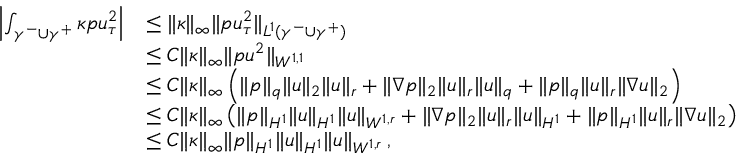
\begin{array} { r l } { \left| \int _ { \gamma ^ { - } \cup \gamma ^ { + } } \kappa p u _ { \tau } ^ { 2 } \right| } & { \leq \| \kappa \| _ { \infty } \| p u _ { \tau } ^ { 2 } \| _ { L ^ { 1 } ( \gamma ^ { - } \cup \gamma ^ { + } ) } } \\ & { \leq C \| \kappa \| _ { \infty } \| p u ^ { 2 } \| _ { W ^ { 1 , 1 } } } \\ & { \leq C \| \kappa \| _ { \infty } \left( \| p \| _ { q } \| u \| _ { 2 } \| u \| _ { r } + \| \nabla p \| _ { 2 } \| u \| _ { r } \| u \| _ { q } + \| p \| _ { q } \| u \| _ { r } \| \nabla u \| _ { 2 } \right) } \\ & { \leq C \| \kappa \| _ { \infty } \left( \| p \| _ { H ^ { 1 } } \| u \| _ { H ^ { 1 } } \| u \| _ { W ^ { 1 , r } } + \| \nabla p \| _ { 2 } \| u \| _ { r } \| u \| _ { H ^ { 1 } } + \| p \| _ { H ^ { 1 } } \| u \| _ { r } \| \nabla u \| _ { 2 } \right) } \\ & { \leq C \| \kappa \| _ { \infty } \| p \| _ { H ^ { 1 } } \| u \| _ { H ^ { 1 } } \| u \| _ { W ^ { 1 , r } } \, , } \end{array}